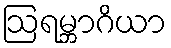
ဩရမ္ဘာဂိယာ